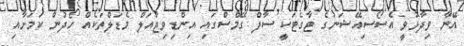
އޭނާ ވިދާޅުވީ އެސޯސިއޭޝަނުގެ ޓާގެޓަކީ ސާފް ގޭމްސްގައި އިންޑިވިޖުއަލް މެޑަލްތަކެއް ހޯދުން ކަމަށާއި